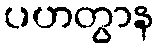
ပဟတွာန